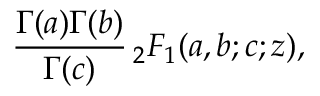
{ \frac { \Gamma ( a ) \Gamma ( b ) } { \Gamma ( c ) } } \, _ { 2 } F _ { 1 } ( a , b ; c ; z ) ,